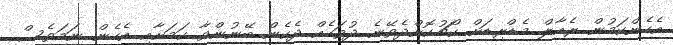
އެހެންކަމުން ރެއާލް މެޑްރިޑަށް ކޯޗުކޮށްދެވޭނެ ދުވަހެއް ދެކެން ބޭނުންވާ ކަމަށާއި އެހެން ނަމަވެސް